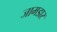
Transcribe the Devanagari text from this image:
जामडार